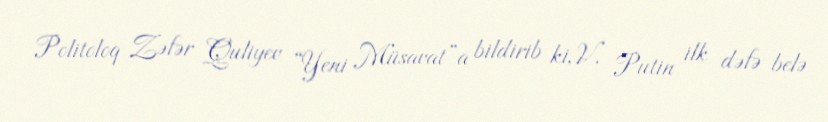
Politoloq Zəfər Quliyev “Yeni Müsavat”a bildirib ki, V. Putin ilk dəfə belə